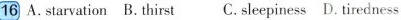
16 A,starvation B. thirst C. sleepiness D. tiredness